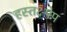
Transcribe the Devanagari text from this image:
हस्तक्ष्पेप